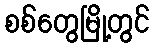
စစ်တွေမြို့တွင်